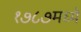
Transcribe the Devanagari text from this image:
१७८७मध्ये